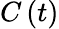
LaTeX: C\left(t\right)